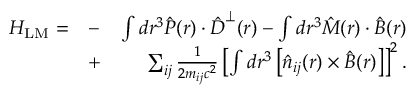
\begin{array} { r l r } { H _ { \mathrm { L M } } = } & { - } & { \int d \boldsymbol r ^ { 3 } \hat { \boldsymbol P } ( \boldsymbol r ) \cdot \hat { \boldsymbol D } ^ { \perp } ( \boldsymbol r ) - \int d \boldsymbol r ^ { 3 } \hat { \boldsymbol M } ( \boldsymbol r ) \cdot \hat { \boldsymbol B } ( \boldsymbol r ) } \\ & { + } & { \sum _ { i j } \frac { 1 } { 2 m _ { i j } c ^ { 2 } } \left[ \int d \boldsymbol r ^ { 3 } \left[ \hat { n } _ { i j } ( \boldsymbol r ) \times \hat { B } ( \boldsymbol r ) \right] \right] ^ { 2 } . } \end{array}